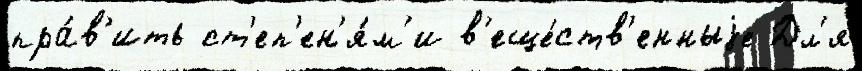
пра́в'ить ст'еп'ен'я́м'и в'еще́ств'енныjе Дл'я